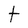
Character: t